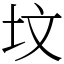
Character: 坟